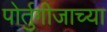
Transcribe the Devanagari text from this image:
पोर्तुगीजाच्या